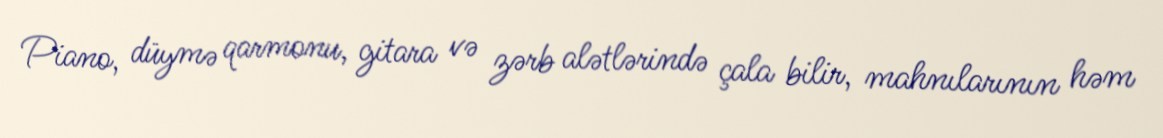
Piano, düymə qarmonu, gitara və zərb alətlərində çala bilir, mahnılarının həm